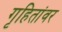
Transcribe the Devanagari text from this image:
गृहितांवर